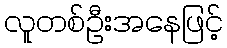
လူတစ်ဦးအနေဖြင့်